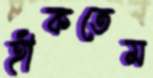
হাঁকতেম